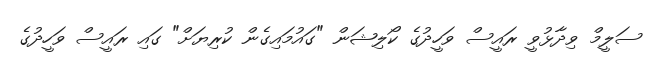
ސަލީމް ވިދާޅުވީ ރައީސް ވަހީދުގެ ކޯލިޝަން "ގައުމައިގެން ކުރިޔަށް" ގައި ރައީސް ވަހީދުގެ